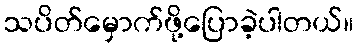
သပိတ်မှောက်ဖို့ပြောခဲ့ပါတယ်။